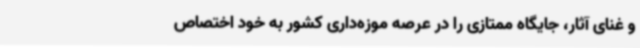
و غنای آثار، جایگاه ممتازی را در عرصه موزه‌داری کشور به خود اختصاص